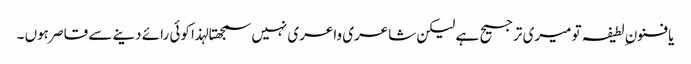
یا فنون ِ لطیفہ تو میری ترجیح ہے لیکن شاعری واعری نہیں سمجھتا لہذا کوئی رائے دینے سے قاصر ہوں ۔